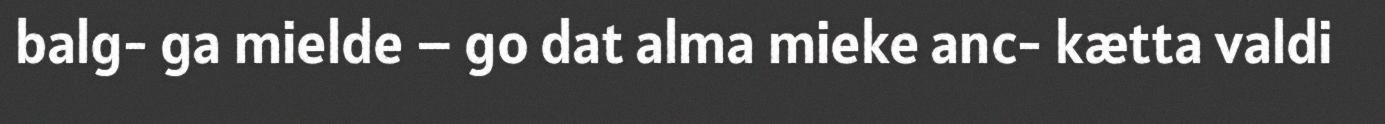
balg- ga mielde – go dat alma mieke anc- kætta valdi